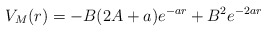
\begin{align*}V_M(r)=-B(2A+a)e^{-ar}+B^2e^{-2ar}\end{align*}